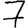
Digit: 7